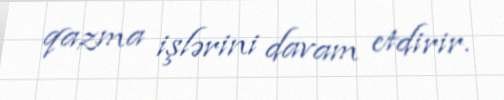
qazma işlərini davam etdirir.